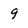
Character: 9